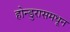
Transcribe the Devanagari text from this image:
होन्डुरासमधून